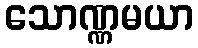
သောဏ္ဏမယာ